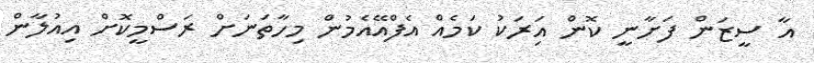
އާ ސީޒަން ފަށާނީ ކޮން އިަރަކު ކަމެއް އެފްއޭއެމުން މިހާތަނަށް ރަސްމީކޮށް އިއުލާން